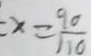
x = \frac { 9 0 } { 1 1 0 }